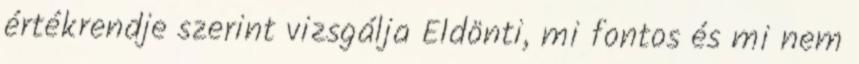
értékrendje szerint vizsgálja Eldönti, mi fontos és mi nem